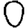
Digit: 0